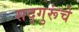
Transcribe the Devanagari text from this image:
सद्गुरूंचे